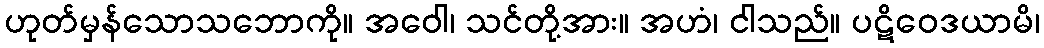
ဟုတ်မှန်သောသဘောကို။ အဝေါ၊ သင်တို့အား။ အဟံ၊ ငါသည်။ ပဋိဝေဒယာမိ၊